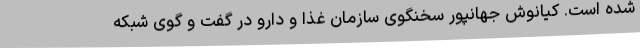
شده است. کیانوش جهانپور سخنگوی سازمان غذا و دارو در گفت و گوی شبکه